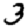
Digit: 3